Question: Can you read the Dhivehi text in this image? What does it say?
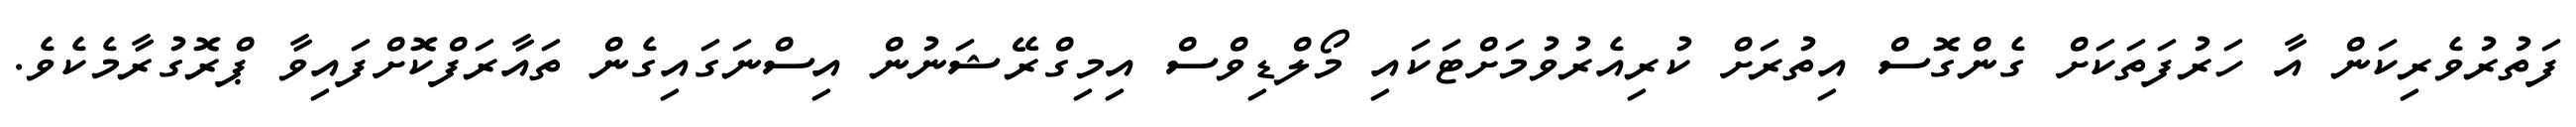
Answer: ފަތުރުވެރިކަން އާ ހަރުފަތަކަށް ގެންގޮސް އިތުރަށް ކުރިއެރުވުމަށްޓަކައި މޯލްޑިވްސް އިމިގްރޭޝަނުން އިސްނަގައިގެން ތައާރަފްކޮށްފައިވާ ޕްރޮގުރާމެކެވެ.